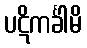
ပဋိကင်္ခါမိ